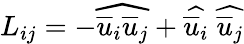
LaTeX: L_{ij}=-\widehat{\overline{{u}}_{i}\overline{{u}}_{j}}+\widehat{\overline{{u}}_{i}}\; \widehat{\overline{{u}}_{j}}